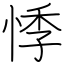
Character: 悸